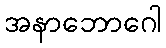
အနာဘောဂေါ